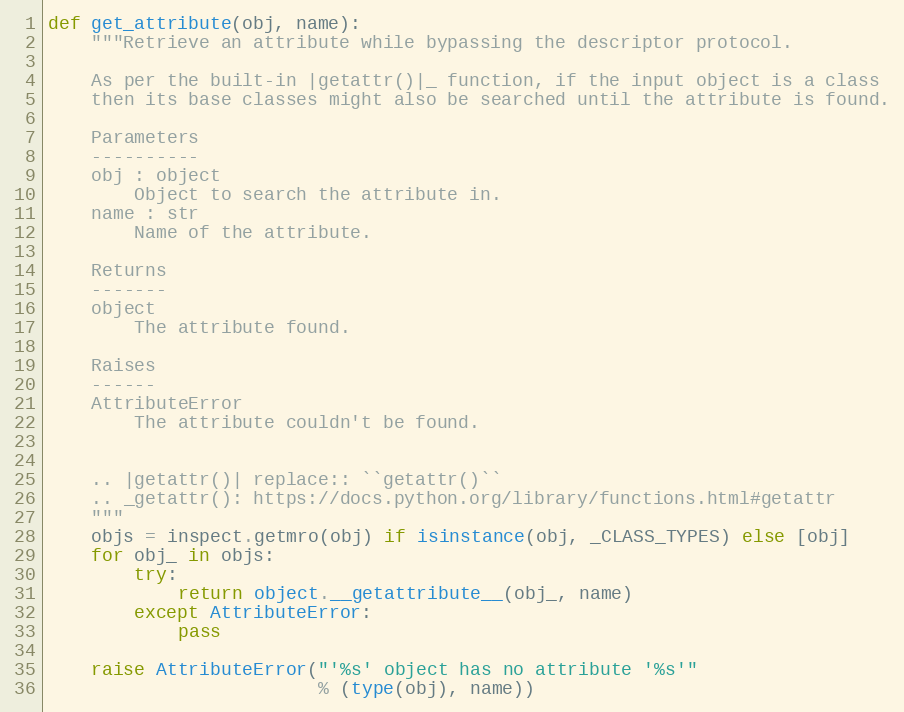
Language: Python
def get_attribute(obj, name):
    """Retrieve an attribute while bypassing the descriptor protocol.

    As per the built-in |getattr()|_ function, if the input object is a class
    then its base classes might also be searched until the attribute is found.

    Parameters
    ----------
    obj : object
        Object to search the attribute in.
    name : str
        Name of the attribute.

    Returns
    -------
    object
        The attribute found.

    Raises
    ------
    AttributeError
        The attribute couldn't be found.

    .. |getattr()| replace:: ``getattr()``
    .. _getattr(): https://docs.python.org/library/functions.html#getattr
    """
    objs = inspect.getmro(obj) if isinstance(obj, _CLASS_TYPES) else [obj]
    for obj_ in objs:
        try:
            return object.__getattribute__(obj_, name)
        except AttributeError:
            pass

    raise AttributeError("'%s' object has no attribute '%s'"
                         % (type(obj), name))